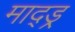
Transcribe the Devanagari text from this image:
माद्ड्र्